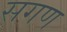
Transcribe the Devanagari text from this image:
सगण